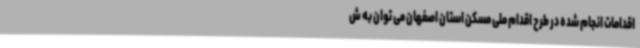
اقدامات انجام شده در طرح اقدام ملی مسکن استان اصفهان می توان به ش